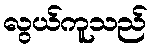
လွယ်ကူသည်